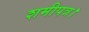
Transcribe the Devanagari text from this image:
शमीपत्र।